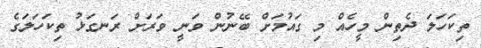
ތިކަހަލަ ދެތިން މީހެއް މި ގައުމަށް ބޭނުން ވަނީ ވަރަށް ރަނގަޅު ތިކަހަލަގެ